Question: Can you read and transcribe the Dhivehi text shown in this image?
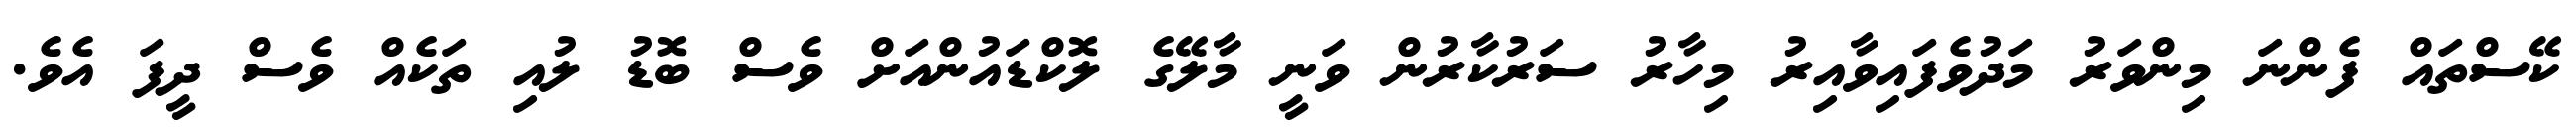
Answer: ކޭސްތައް ފެންނަ މިންވަރު މަދުވެފައިވާއިރު މިހާރު ސަރުކާރުން ވަނީ މާލޭގެ ލޮކްޑައުންއަށް ވެސް ބޮޑު ލުއި ތަކެއް ވެސް ދީފަ އެވެ.